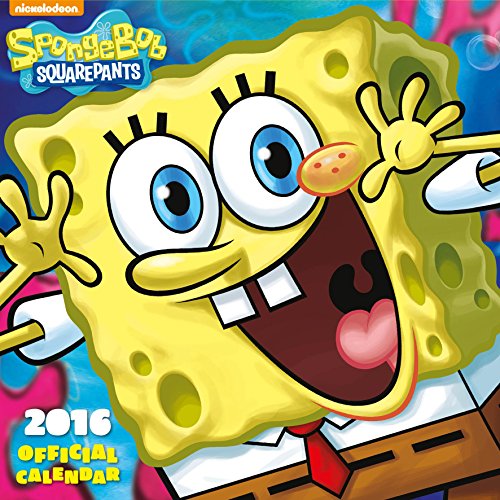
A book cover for The Official Sponge Bob 2016 Square Calendar; Calendars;